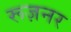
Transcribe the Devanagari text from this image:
रूज़नर